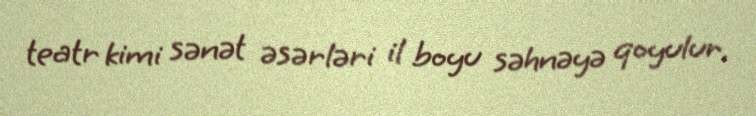
teatr kimi sənət əsərləri il boyu səhnəyə qoyulur.